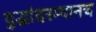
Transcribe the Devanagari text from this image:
युद्धांदरम्यानच